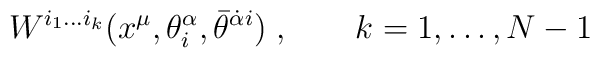
W^{i_1\ldots i_k}(x^\mu, \theta^\alpha_i,\bar\theta^{\dot\alpha i})\;, \qquad k=1,\ldots, N-1